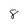
Character: 8